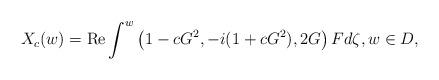
LaTeX: \begin{align*}X_{c}(w)=\mathrm{Re}\int^w \left(1-c G^2,-i(1+c G^2),2G\right)Fd\zeta,w\in D, \end{align*}